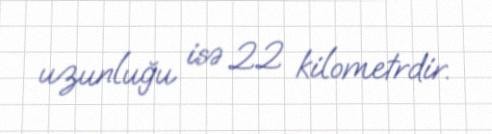
uzunluğu isə 22 kilometrdir.